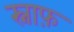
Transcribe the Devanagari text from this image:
स्नाफ़